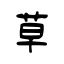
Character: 草